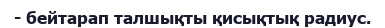
- бейтарап талшықты қисықтық радиус.